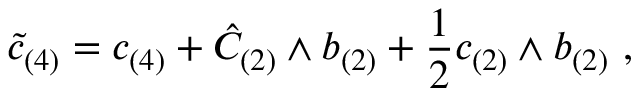
\tilde { c } _ { ( 4 ) } = c _ { ( 4 ) } + \hat { C } _ { ( 2 ) } \wedge b _ { ( 2 ) } + \frac { 1 } { 2 } c _ { ( 2 ) } \wedge b _ { ( 2 ) } \ ,